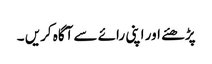
پڑھئے اور اپنی رائے سے آگاہ کریں ۔